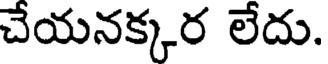
చేయనక్కర లేదు.